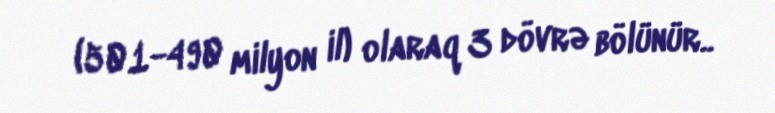
(501-490 milyon il) olaraq 3 dövrə bölünür..